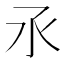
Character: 氶